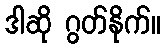
ဒါဆို ဂွတ်နိုက်။